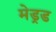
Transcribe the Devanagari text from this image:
मेड्रड